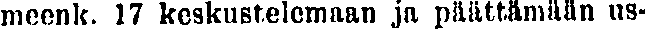
meenk. 17 keskustelemaan ja päättämään us-